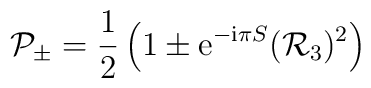
{\cal P}_{\pm}=\frac{1}{2}\left(1\pm {\mathrm e}^{-{\mathrm i}\pi S}({\cal R}_3)^2\right)